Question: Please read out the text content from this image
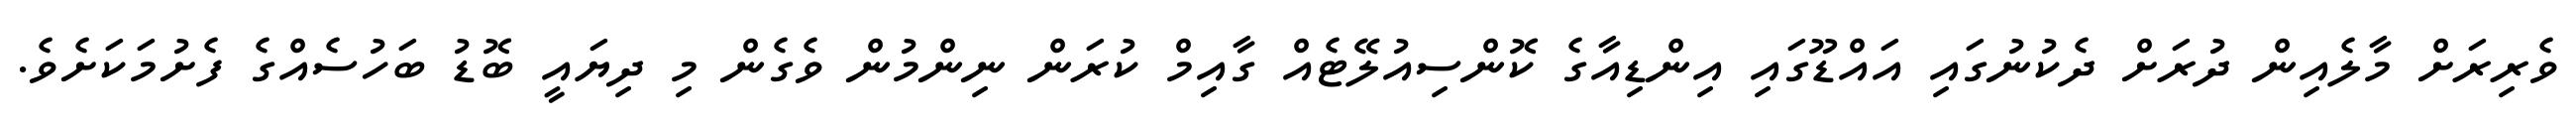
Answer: ވެރިރަށް މާލެއިން ދުރަށް ދެކުނުގައި އައްޑޫގައި އިންޑިއާގެ ކޮންސިއުލޭޓެއް ގާއިމް ކުރަން ނިންމުން ވެގެން މި ދިޔައީ ބޮޑު ބަހުސެއްގެ ފެށުމަކަށެވެ.